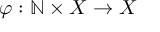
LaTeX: \varphi : \mathbb { N } \times X \to X